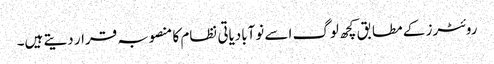
روئٹرز کے مطابق کچھ لوگ اسے نوآبادیاتی نظام کا منصوبہ قرار دیتے ہیں۔